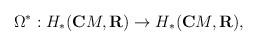
LaTeX: \begin{align*}\Omega ^{\ast}:H_{\ast}({\bf C}M,{\bf R})\rightarrow H_{\ast}({\bf C}M,{\bf R}),\end{align*}